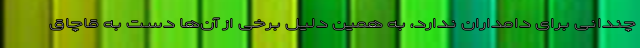
چندانی برای دامداران ندارد، به همین دلیل برخی از آن‌ها دست به قاچاق